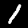
Digit: 1